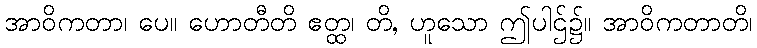
အာဝိကတာ၊ ပေ။ ဟောတီတိ ဧတ္ထ၊ တိ, ဟူသော ဤပါဌ်၌။ အာဝိကတာတိ၊